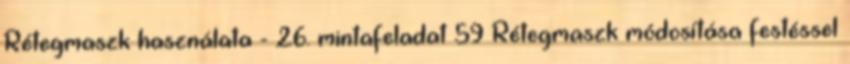
Rétegmaszk használata - 26. mintafeladat 59 Rétegmaszk módosítása festéssel